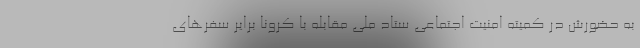
به حضورش در کمیته امنیت اجتماعی ستاد ملی مقابله با کرونا برایر سفرهای